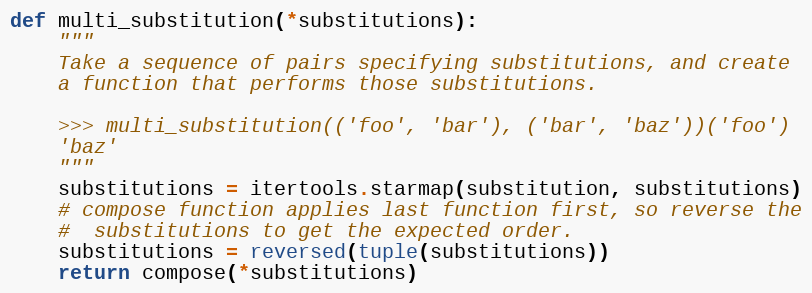
Language: Python
def multi_substitution(*substitutions):
	"""
	Take a sequence of pairs specifying substitutions, and create
	a function that performs those substitutions.

	>>> multi_substitution(('foo', 'bar'), ('bar', 'baz'))('foo')
	'baz'
	"""
	substitutions = itertools.starmap(substitution, substitutions)
	# compose function applies last function first, so reverse the
	#  substitutions to get the expected order.
	substitutions = reversed(tuple(substitutions))
	return compose(*substitutions)